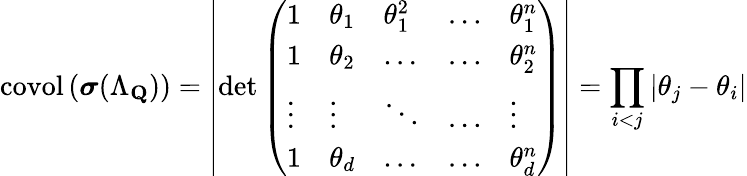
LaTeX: \operatorname{covol}\left(\boldsymbol{\sigma}(\Lambda_{\mathbf{Q}})\right)=\left|\operatorname*{det}\left(\begin{array}{lllll}{1}&{\theta_{1}}&{\theta_{1}^{2}}&{\dots}&{\theta_{1}^{n}}\\ {1}&{\theta_{2}}&{\dots}&{\dots}&{\theta_{2}^{n}}\\ {\vdots}&{\vdots}&{\ddots}&{\dots}&{\vdots}\\ {1}&{\theta_{d}}&{\dots}&{\dots}&{\theta_{d}^{n}}\end{array}\right)\right|=\prod_{i<j}\left|\theta_{j}-\theta_{i}\right|